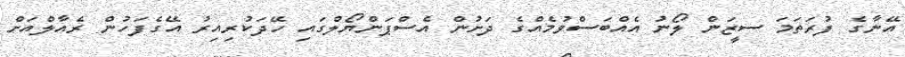
އޭނާގެ ފުރަތަމަ ސީޒަން ލޯނު އެއްބަސްވުމެއްގެ ދަށުން އެސްޕަންޔޯލްގައި ހޭދަކުރިއިރު އޭގެފަހުން ރެއާލްއަށް